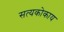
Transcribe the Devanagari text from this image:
सत्यकोकाय